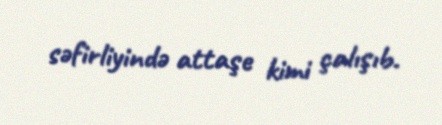
səfirliyində attaşe kimi çalışıb.